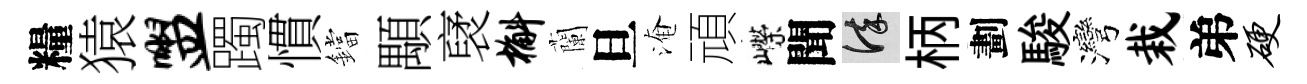
糧猿盥躅慣鐺顒裦槲蘭旦淹頑嶸聞謹柄劃駿灣栽弟硬